Rangoon Lunatic Asylum 1878-1892 - 1878-1892
Year: 1878
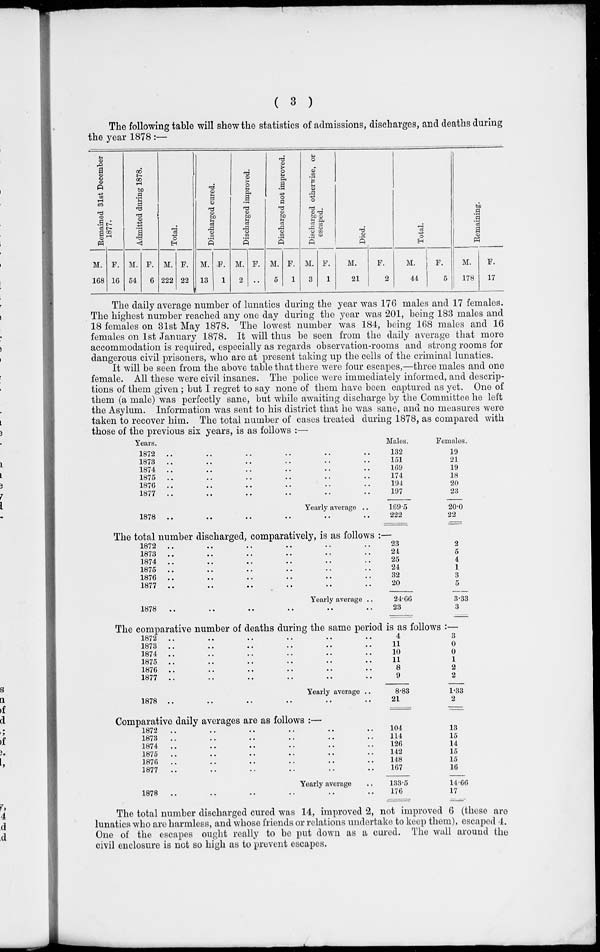
( 3 )
The following table will shew the statistics of admissions, discharges, and deaths during
the year 1878 :—
Remained
31st December
1877.
M.
168
F.
16
Admitted during 1878.
M.
54
F.
6
Total.
M.
222
F.
22
Discharged cured.
M.
13
F.
1
Discharged improved.
M.
2
F.
..
Discharged not improved.
M.
5
F.
1
Discharged otherwise, or
escaped.
M.
3
F.
1
Died.
M.
21
F.
2
Total.
M.
44
F.
5
Remaining.
M.
178
F.
17
The daily average number of lunatics during the year was 176 males and 17 females.
The highest number reached any one day during the year was 201, being 183 males and
18 females on 31st May 1878. The lowest number was 184, being 168 males and 16
females on 1st January 1878. It will thus be seen from the daily average that more
accommodation is required, especially as regards observation-rooms and strong rooms for
dangerous civil prisoners, who are at present taking up the cells of the criminal lunatics.
It will be seen from the above table that there were four escapes,—three males and one
female. All these were civil insanes. The police were immediately informed, and descrip-
tions of them given ; but I regret to say none of them have been captured as yet. One of
them (a male) was perfectly sane, but while awaiting discharge by the Committee he left
the Asylum. Information was sent to his district that he was sane, and no measures were
taken to recover him. The total number of cases treated during 1878, as compared with
those of the previous six years, is as follows :—
Years.
1872
..
..
..
..
..
..
1873
..
. .
. . .. .. ..
1874
..
..
. . .. .. ..
1875
..
..
.. .. .. ..
1876
..
. .
.. .. .. ..
1877
.. .. .. .. .. ..
Yearly average ..
1878
.. .. .. .. .. ..
Males.
132
151
169
174
194
197
169.5
222
Females.
19
21
19
18
20
23
20.0
22
The total number discharged, comparatively, is as follows :—
1872
..
..
..
..
..
..
1873
..
..
..
.. .. ..
1874
..
..
..
.. .. ..
1875
..
..
..
.. .. ..
1876
..
..
..
.. .. ..
1877 .. .. .. .. ..
Yearly average ..
1878
..
..
.. .. .. ..
23
24
25
24
32
20
24.66
23
2
5
4
1
3
5
3.33
3
The comparative number of deaths during the same period is as follows :—
1872
..
..
..
..
1873
..
..
..
..
1874
..
..
..
..
1875
..
..
..
..
1876 ..
..
..
..
..
1877 .. .. .. ..
Yearly average ..
1878
..
..
..
..
4
11
10
11
8
9
8.83
21
3
0
0
1
2
2
1.33
2
Comparative daily averages are as follows :—
1872
..
..
.. .. .. ..
1873
..
..
.. .. .. ..
1874
..
..
.. .. .. ..
1875
..
..
.. .. .. ..
1876
..
..
.. .. .. ..
1877
..
.. .. .. .. ..
Yearly average ..
1878
.. .. .. .. .. .. ..
104
114
126
142
148
167
133.5
176
13
15
14
15
15
16
14.66
17
The total number discharged cured was 14, improved 2, not improved 6 (these are
lunatics who are harmless, and whose friends or relations undertake to keep them), escaped 4.
One of the escapes ought really to be put down as a cured. The wall around the
civil enclosure is not so high as to prevent escapes.